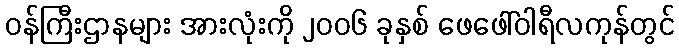
ဝန်ကြီးဌာနများ အားလုံးကို ၂၀၀၆ ခုနှစ် ဖေဖေါ်ဝါရီလကုန်တွင်